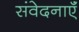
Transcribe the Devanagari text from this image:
संवेदनाऍं